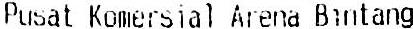
PUSAT KOMERSIAL ARENA BINTANG